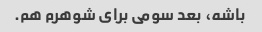
باشه، بعد سومی برای شوهرم هم.